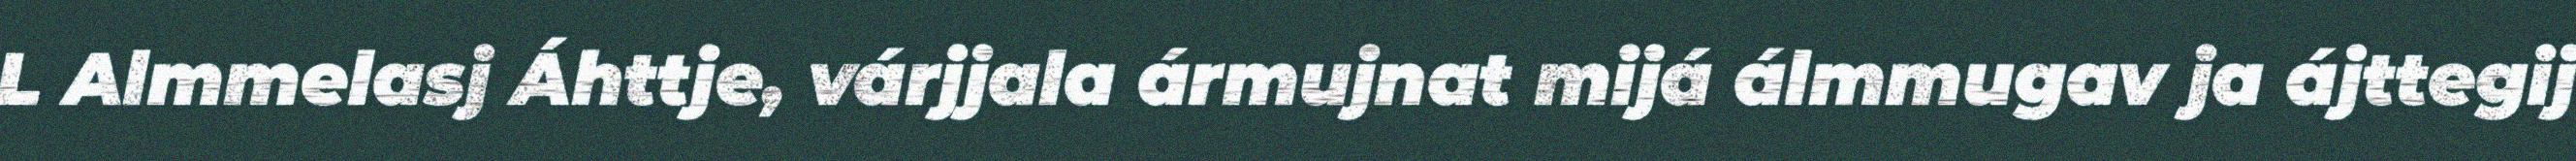
L Almmelasj Áhttje, várjjala ármujnat mijá álmmugav ja ájttegij